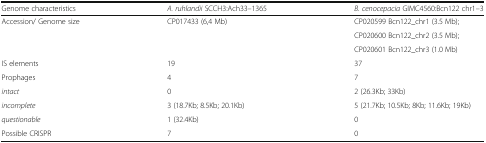
<table><thead><tr><td><b>Genome characteristics</b></td><td><b><i>A. ruhlandii</i> SCCH3:Ach33–1365</b></td><td><b><i>B. cenocepacia</i> GIMC4560:Bcn122 chr1–3</b></td></tr></thead><tbody><tr><td rowspan="3">Accession/ Genome size</td><td rowspan="3">CP017433 (6,4 Mb)</td><td>CP020599 Bcn122_chr1 (3.5 Mb);</td></tr><tr><td>CP020600 Bcn122_chr2 (3.5 Mb);</td></tr><tr><td>CP020601 Bcn122_chr3 (1.0 Mb)</td></tr><tr><td>IS elements</td><td>19</td><td>37</td></tr><tr><td>Prophages</td><td>4</td><td>7</td></tr><tr><td><i>intact</i></td><td>0</td><td>2 (26.3Kb; 33Kb)</td></tr><tr><td><i>incomplete</i></td><td>3 (18.7Kb; 8.5Kb; 20.1Kb)</td><td>5 (21.7Kb; 10.5Kb; 8Kb; 11.6Kb; 19Kb)</td></tr><tr><td><i>questionable</i></td><td>1 (32.4Kb)</td><td>0</td></tr><tr><td>Possible CRISPR</td><td>7</td><td>0</td></tr></tbody></table>